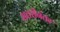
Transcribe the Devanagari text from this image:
सत्तरीनंतर